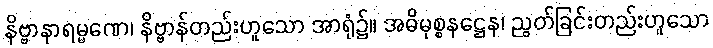
နိဗ္ဗာနာရမ္မဏေ၊ နိဗ္ဗာန်တည်းဟူသော အာရုံ၌။ အဓိမုစ္စနဋ္ဌေန၊ ညွတ်ခြင်းတည်းဟူသော